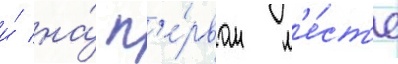
и́ на́ п'е́рвом м'е́ст'е